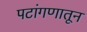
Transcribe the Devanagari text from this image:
पटांगणातून